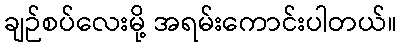
ချဉ်စပ်လေးမို့ အရမ်းကောင်းပါတယ်။